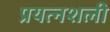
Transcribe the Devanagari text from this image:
प्रयत्नशली